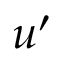
u ^ { \prime }